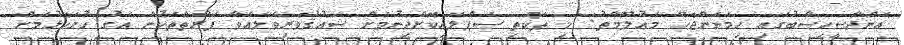
އަންދާސީހިސާބުގައި ހިމަނަންޖެހޭ މަޢުލޫމާތު: މި ތަކެތި ސަޕްލައިކޮށްދިނުމަށް ޝައުޤުވެރިވެލައްވާ ފަރާތްތަކުން އަގު ހުށަހެޅުމަށް